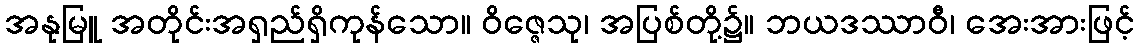
အနုမြူ အတိုင်းအရှည်ရှိကုန်သော။ ဝိဇ္ဇေသု၊ အပြစ်တို့၌။ ဘယဒဿာဝီ၊ အေးအားဖြင့်